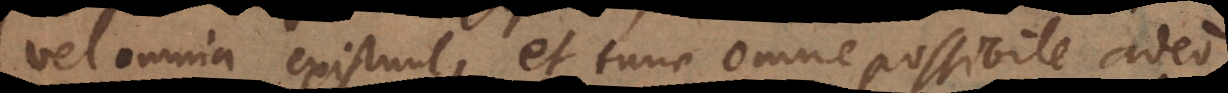
vel omnia existunt, et tunc omne possibile adeo